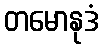
တမောနုဒံ